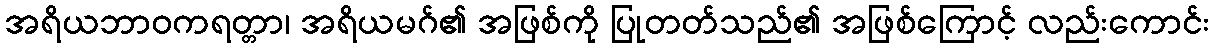
အရိယဘာဝကရတ္တာ၊ အရိယမဂ်၏ အဖြစ်ကို ပြုတတ်သည်၏ အဖြစ်ကြောင့် လည်းကောင်း